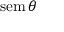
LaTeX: \operatorname { s e m } \theta